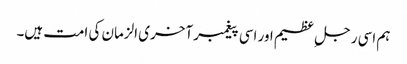
ہم اسی رجل ِ عظیم اور اسی پیغمبر آخری الزمان کی امت ہیں۔